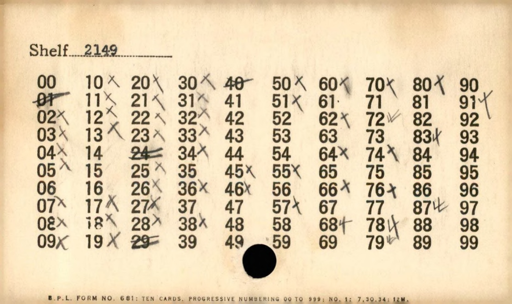
Label: content